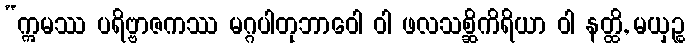
“ဣမဿ ပရိဗ္ဗာဇကဿ မဂ္ဂပါတုဘာဝေါ ဝါ ဖလသစ္ဆိကိရိယာ ဝါ နတ္ထိ, မယှဉ္စ